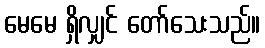
မေမေ ရှိလျှင် တော်သေးသည်။